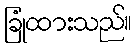
ခြုံထားသည်။